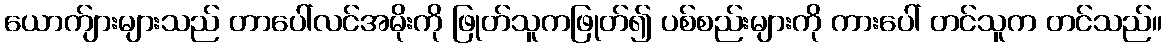
ယောက်ျားများသည် တာပေါ်လင်အမိုးကို ဖြုတ်သူကဖြုတ်၍ ပစ်စည်းများကို ကားပေါ် တင်သူက တင်သည်။